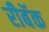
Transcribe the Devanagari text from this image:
रीबॅक